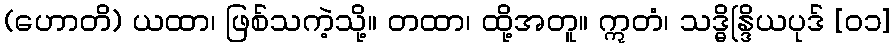
(ဟောတိ) ယထာ၊ ဖြစ်သကဲ့သို့။ တထာ၊ ထို့အတူ။ ဣတံ၊ သဒ္ဓိန္ဒြိယပုဒ် [၀၁]